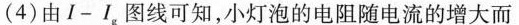
(4)由I-I_{g}，图线可知，小灯泡的电阻随电流的增大而